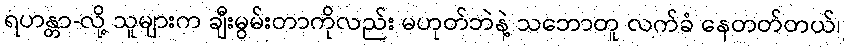
ရဟန္တာ-လို့ သူများက ချီးမွမ်းတာကိုလည်း မဟုတ်ဘဲနဲ့ သဘောတူ လက်ခံ နေတတ်တယ်၊